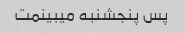
پس پنجشنبه میبینمت